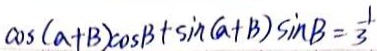
\cos ( a + B ) \cos B + \sin ( a + B ) \sin B = \frac { 1 } { 3 }